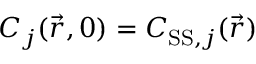
C _ { j } ( \vec { r } , 0 ) = C _ { \mathrm { S S } , j } ( \vec { r } )